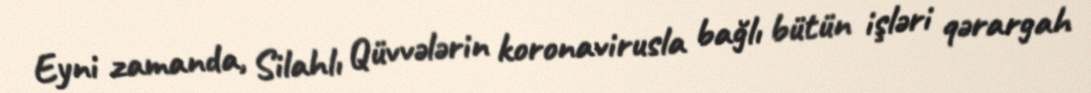
Eyni zamanda, Silahlı Qüvvələrin koronavirusla bağlı bütün işləri qərargah